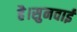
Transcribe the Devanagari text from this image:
है।सुनवाई